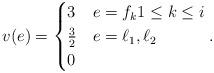
LaTeX: \begin{align*} v(e) = \begin{cases} 3 &e = f_k 1\leq k \leq i \\ \frac{3}{2} &e = \ell_1,\ell_2 \\ 0 & \end{cases}.\end{align*}